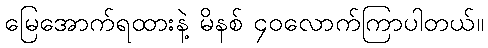
မြေအောက်ရထားနဲ့ မိနစ် ၄၀လောက်ကြာပါတယ်။